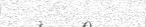
١٦١